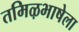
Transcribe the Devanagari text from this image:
तमिऴभाषेला